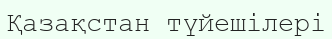
Қазақстан түйешілері